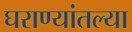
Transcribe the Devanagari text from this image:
घराण्यांतल्या